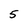
Character: 5